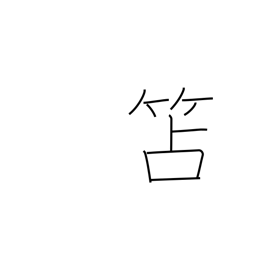
Meaning: wooden writing slate